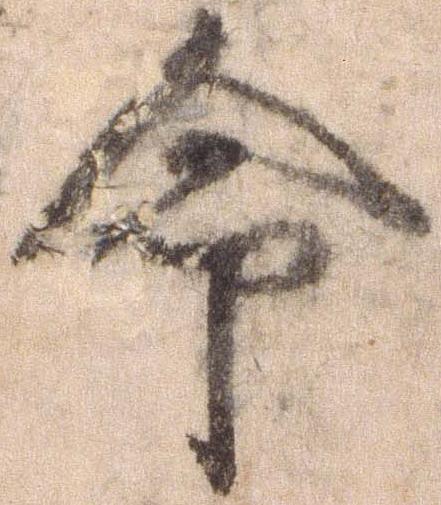
命